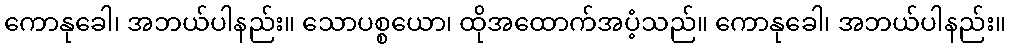
ကောနုခေါ၊ အဘယ်ပါနည်း။ သောပစ္စယော၊ ထိုအထောက်အပံ့သည်။ ကောနုခေါ၊ အဘယ်ပါနည်း။